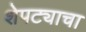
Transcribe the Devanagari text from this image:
शेपट्याचा